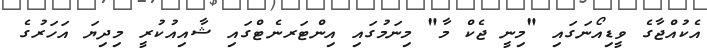
އެކުއްޖާގެ ވީޑިއޯނަގައި "މިނީ ޖެކް މާ" މިނަމުގައި އިންޓަރނެޓްގައި ޝާއިއުކުރީ މިދިޔަ އަހަރުގެ